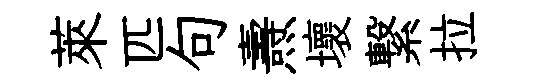
萊匹句燾壞繋拉